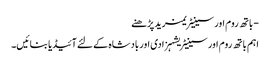
- باتھ روم اور سینیٹریمزید پڑھنے
اہم باتھ روم اور سینیٹریشہزادی اور بادشاہ کے لئے آئیڈیا بنائیں۔